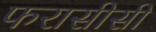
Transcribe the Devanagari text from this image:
फरासीसी